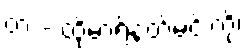
တံ - ထိုမာရ်နတ်မင်းကို၊